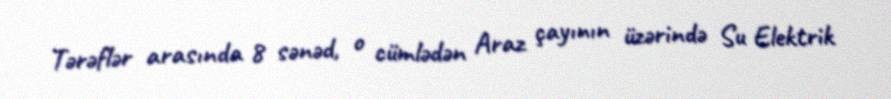
Tərəflər arasında 8 sənəd, o cümlədən Araz çayının üzərində Su Elektrik